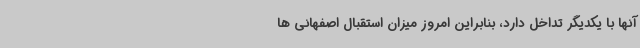
آنها با یکدیگر تداخل دارد، بنابراین امروز میزان استقبال اصفهانی ها